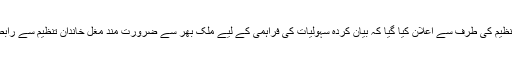
مشترکہ طور پر تنظیم کی طرف سے اعلان کیا گیا کہ بیان کردہ سہولیات کی فراہمی کے لیے ملک بھر سے ضرورت مند مغل خاندان تنظیم سے رابطہ کر سکتے ہیں ۔